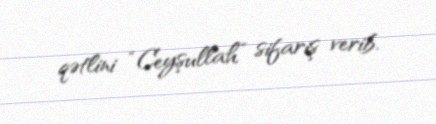
qətlini “Ceyşullah” sifariş verib.